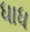
ધાધ